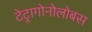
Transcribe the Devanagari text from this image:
टेट्रागोनोलोबस